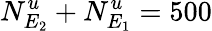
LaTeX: N_{E_{2}}^{u}+N_{E_{1}}^{u}=500